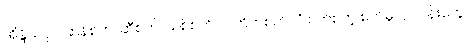
အိန္ဒိယပိုင် ဆန်စက်၊ ဆီစက်၊ သစ်စက်၊ ဝါကြိတ်စက်၊ ဂျုံစက်စတဲ့ စက်မှုလုပ်ငန်းတွေ